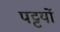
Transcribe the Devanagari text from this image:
पट्टयों